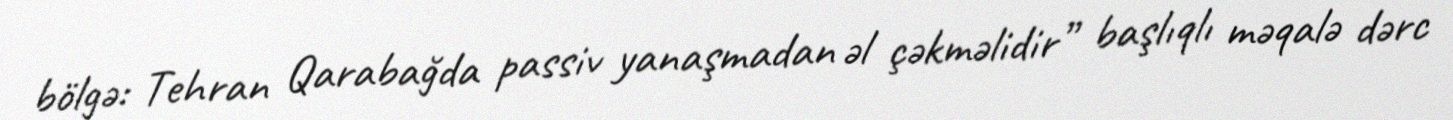
bölgə: Tehran Qarabağda passiv yanaşmadan əl çəkməlidir” başlıqlı məqalə dərc